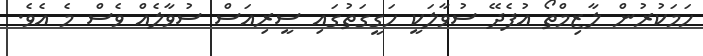
ހަމަކުރުން ލާޒިމްތޯ އުފެދޭ ސުވާލަކީ ހަގީގަތުގައި ސީރިއަސް ސުވާލެއް ވެސް މެ އެވެ.